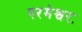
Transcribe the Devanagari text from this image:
परमेश्वरः